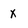
Character: x